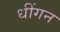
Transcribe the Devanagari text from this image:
धींगन